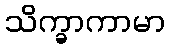
သိက္ခာကာမာ